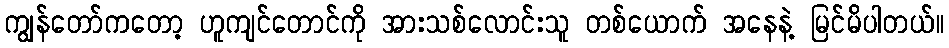
ကျွန်တော်ကတော့ ဟူကျင်တောင်ကို အားသစ်လောင်းသူ တစ်ယောက် အနေနဲ့ မြင်မိပါတယ်။